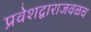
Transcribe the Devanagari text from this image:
प्रवेशद्वाराजवळच